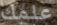
علمك